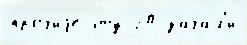
про́чиjе э́ту 20 зача́л'и